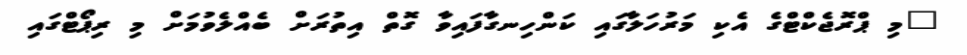
"މި ޕްރޮޖެކްޓްގެ އެކި މަރުހަލާގައި ކަންހިނގާފައިވާ ގޮތް އިތުރަށް ބެއްލެވުމަށް މި ރިޕޯޓްގައި